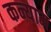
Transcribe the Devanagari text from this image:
कन्याम